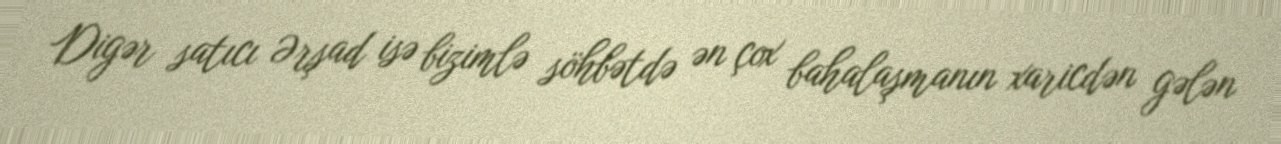
Digər satıcı Ərşad isə bizimlə söhbətdə ən çox bahalaşmanın xaricdən gələn